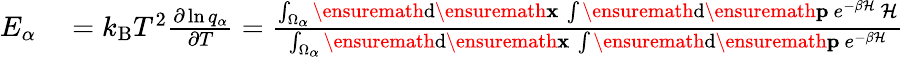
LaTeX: \begin{array}{rl}{E_{\alpha}}&{{}=k_{\mathrm{B}}T^{2}\frac{\partial\ln q_{\alpha}}{\partial T}=\frac{\int_{\Omega_{\alpha}}\ensuremath{\mathrm{d}}\ensuremath{\mathbf{x}}\ \int\ensuremath{\mathrm{d}}\ensuremath{\mathbf{p}}\ e^{-\beta\mathcal{H}}\ \mathcal{H}}{\int_{\Omega_{\alpha}}\ensuremath{\mathrm{d}}\ensuremath{\mathbf{x}}\ \int\ensuremath{\mathrm{d}}\ensuremath{\mathbf{p}}\ e^{-\beta\mathcal{H}}}}\end{array}